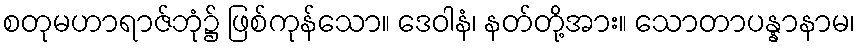
စတုမဟာရာဇ်ဘုံ၌ ဖြစ်ကုန်သော။ ဒေဝါနံ၊ နတ်တို့အား။ သောတာပန္နာနာမ၊